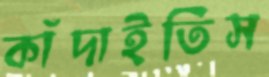
কাঁদাইতিস